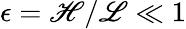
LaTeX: \epsilon=\mathscr{H}/\mathscr{L}\ll 1